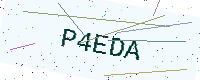
Text: P4EDA